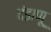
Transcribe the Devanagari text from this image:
दंडाणू